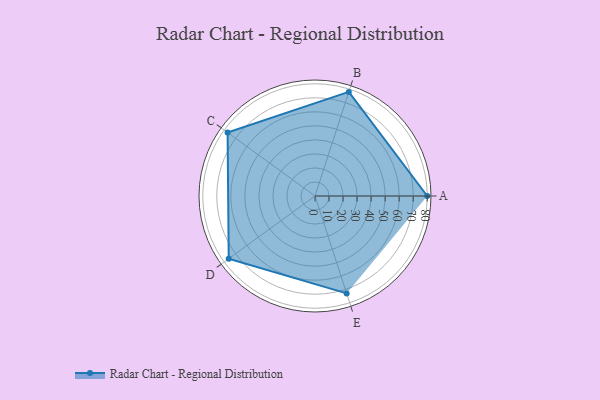
{"axis": {"x": "Skill", "y": "Score"}, "legend": ["Profile"], "data": [{"x": "A", "y": 80.0, "type": "Profile"}, {"x": "B", "y": 78.0, "type": "Profile"}, {"x": "C", "y": 77.0, "type": "Profile"}, {"x": "D", "y": 76.0, "type": "Profile"}, {"x": "E", "y": 73.0, "type": "Profile"}]}